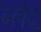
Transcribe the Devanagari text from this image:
ब्लैट्र